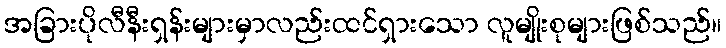
အခြားပိုလီနီးရှန်းများမှာလည်းထင်ရှားသော လူမျိုးစုများဖြစ်သည်။